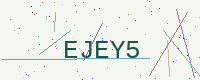
Text: EJEY5